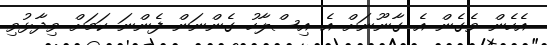
އެހެން ވެގެން އެ ގާނޫނަށް އެ އިސްލާހު ގެންނަން ފެންނަ ކަމަށް ވިދާޅުވި